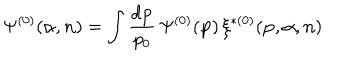
\Psi ^ { ( 0 ) } ( { \alpha } , { \bf n } ) = \int \frac { d { \bf p } } { p _ { 0 } } \, \Psi ^ { ( 0 ) } ( { \bf p } ) \, \xi ^ { \ast ( 0 ) } ( { \bf p } , { \alpha } , { \bf n } )